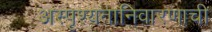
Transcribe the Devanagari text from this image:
अस्पृश्‍यतानिवारणाची